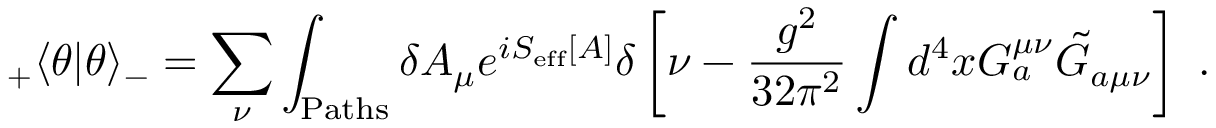
_ + \langle \theta | \theta \rangle _ { - } = \sum _ { \nu } \int _ { \mathrm { P a t h s } } \delta A _ { \mu } e ^ { i S _ { \mathrm { e f f } } [ A ] } \delta \left[ \nu - \frac { g ^ { 2 } } { 3 2 \pi ^ { 2 } } \int d ^ { 4 } x G _ { a } ^ { \mu \nu } \tilde { G } _ { a \mu \nu } \right] ~ .